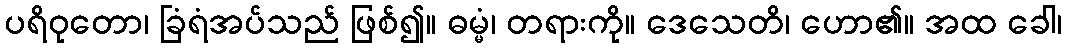
ပရိဝုတော၊ ခြံရံအပ်သည် ဖြစ်၍။ ဓမ္မံ၊ တရားကို။ ဒေသေတိ၊ ဟော၏။ အထ ခေါ၊